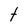
Character: t